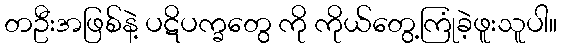
တဦးအဖြစ်နဲ့ ပဋိပက္ခတွေ ကို ကိုယ်တွေ့ကြုံခဲ့ဖူးသူပါ။